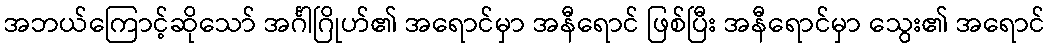
အဘယ်ကြောင့်ဆိုသော် အင်္ဂါဂြိုဟ်၏ အရောင်မှာ အနီရောင် ဖြစ်ပြီး အနီရောင်မှာ သွေး၏ အရောင်